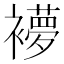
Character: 䙦